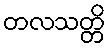
တလသတ္တိ